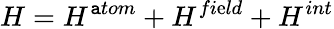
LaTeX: H=H^{\mathtt{a}tom}+H^{fi\mathrm{e}ld}+H^{int}